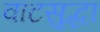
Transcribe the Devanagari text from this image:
वाटसुद्धा